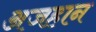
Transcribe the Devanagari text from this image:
अजहान